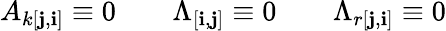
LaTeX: A_{k[\mathbf{j},\mathbf{i}]}\equiv0\qquad\Lambda_{[\mathbf{i},\mathbf{j}]}\equiv0\qquad\Lambda_{r[\mathbf{j},\mathbf{i}]}\equiv0